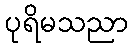
ပုရိမသညာ